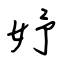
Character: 妤